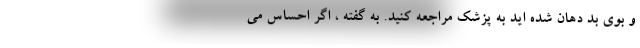
و بوی بد دهان شده اید به پزشک مراجعه کنید. به گفته ، اگر احساس می